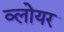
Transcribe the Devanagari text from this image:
व्लोयर